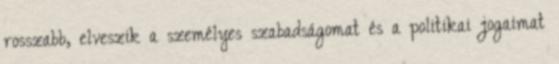
rosszabb, elveszik a személyes szabadságomat és a politikai jogaimat